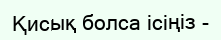
Қисық болса ісіңіз -